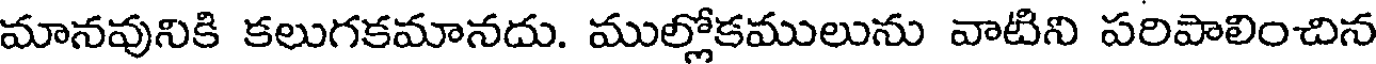
మానవునికి కలుగకమానదు. ముల్లోకములును వాటిని పరిపాలించిన